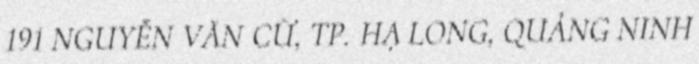
191 NGUYỄN VĂN CỪ, TP. HẠ LONG, QUẢNG NINH